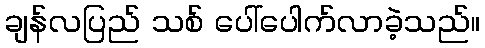
ချန်လပြည် သစ် ပေါ်ပေါက်လာခဲ့သည်။